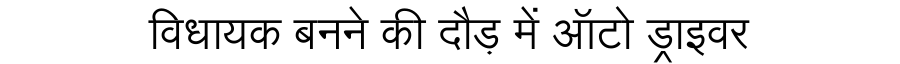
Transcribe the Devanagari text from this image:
विधायक बनने की दौड़ में ऑटो ड्राइवर